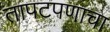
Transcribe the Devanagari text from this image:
तापटपणाचा